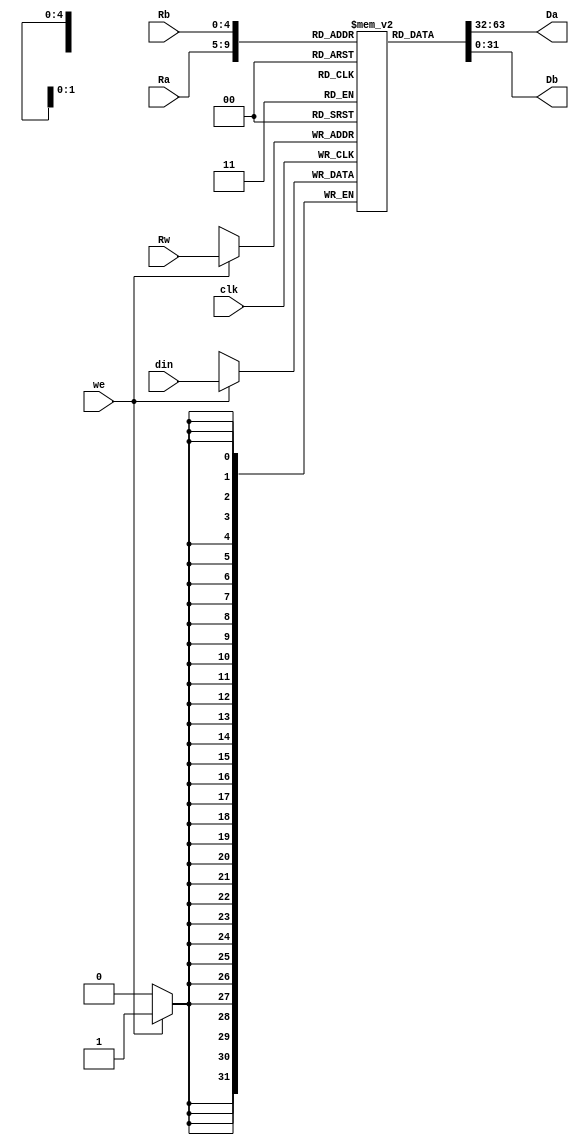
module regfile(
input clk,
input [4:0]Ra,
input [4:0]Rb,
input [4:0]Rw,
input we,
input [31:0]din,
output reg [31:0]Da,
output reg [31:0]Db
);

reg [31:0] memory[31:0];
reg [3:0] k;
//seteando registros
initial begin
            for (k = 0; k <10; k = k + 1) begin
            memory[k] = k+1;
            end
end

always @(posedge clk)
begin
    if(we)
        memory[Rw]<=din;
    

end

always @(*)
begin
  
    
    Da<=memory[Ra];
    Db<=memory[Rb];
end
endmodule